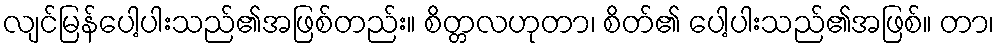
လျင်မြန်ပေါ့ပါးသည်၏အဖြစ်တည်း။ စိတ္တလဟုတာ၊ စိတ်၏ ပေါ့ပါးသည်၏အဖြစ်။ တာ၊